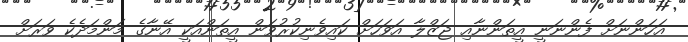
އަހަންނަށް ފެންނަނީ އީތަންނާއި ޖަޒްލާ އަވަހަށް ކައިވެނިކުރުވަން އީތަންއަކީ އޭނާގެ މަންމަދެކެ ވަރަށް